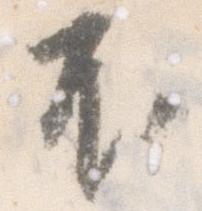
不